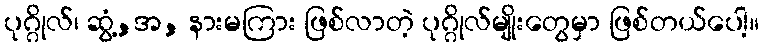
ပုဂ္ဂိုလ်၊ ဆွံ့,အ, နားမကြား ဖြစ်လာတဲ့ ပုဂ္ဂိုလ်မျိုးတွေမှာ ဖြစ်တယ်ပေါ့။